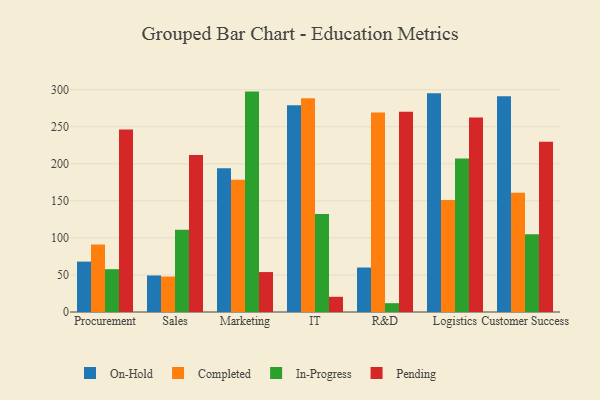
{"axis": {"x": "Department", "y": "Temperature (°C)"}, "legend": ["Completed", "In-Progress", "On-Hold", "Pending"], "data": [{"x": "Procurement", "y": 68.0, "type": "On-Hold"}, {"x": "Procurement", "y": 91.2, "type": "Completed"}, {"x": "Procurement", "y": 57.8, "type": "In-Progress"}, {"x": "Procurement", "y": 246.2, "type": "Pending"}, {"x": "Sales", "y": 49.3, "type": "On-Hold"}, {"x": "Sales", "y": 47.9, "type": "Completed"}, {"x": "Sales", "y": 111.0, "type": "In-Progress"}, {"x": "Sales", "y": 211.7, "type": "Pending"}, {"x": "Marketing", "y": 194.0, "type": "On-Hold"}, {"x": "Marketing", "y": 178.4, "type": "Completed"}, {"x": "Marketing", "y": 297.4, "type": "In-Progress"}, {"x": "Marketing", "y": 53.9, "type": "Pending"}, {"x": "IT", "y": 278.9, "type": "On-Hold"}, {"x": "IT", "y": 288.3, "type": "Completed"}, {"x": "IT", "y": 132.1, "type": "In-Progress"}, {"x": "IT", "y": 20.5, "type": "Pending"}, {"x": "R&D", "y": 60.0, "type": "On-Hold"}, {"x": "R&D", "y": 269.2, "type": "Completed"}, {"x": "R&D", "y": 11.9, "type": "In-Progress"}, {"x": "R&D", "y": 270.1, "type": "Pending"}, {"x": "Logistics", "y": 295.3, "type": "On-Hold"}, {"x": "Logistics", "y": 151.0, "type": "Completed"}, {"x": "Logistics", "y": 207.0, "type": "In-Progress"}, {"x": "Logistics", "y": 262.3, "type": "Pending"}, {"x": "Customer Success", "y": 291.1, "type": "On-Hold"}, {"x": "Customer Success", "y": 161.0, "type": "Completed"}, {"x": "Customer Success", "y": 104.9, "type": "In-Progress"}, {"x": "Customer Success", "y": 229.8, "type": "Pending"}]}